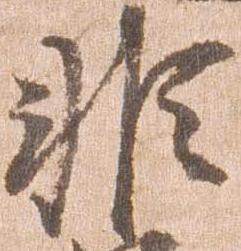
非